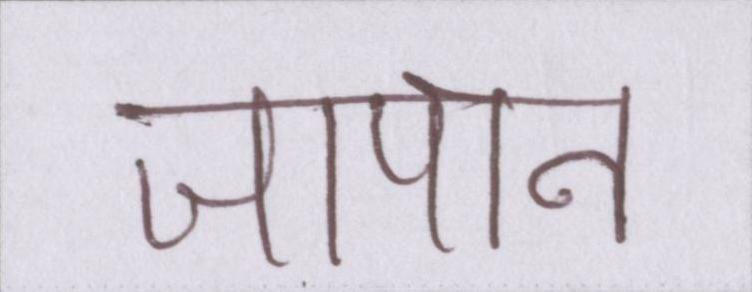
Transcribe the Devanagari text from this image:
जापान